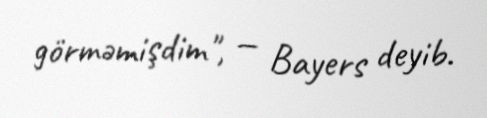
görməmişdim", — Bayers deyib.